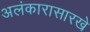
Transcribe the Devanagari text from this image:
अलंकारासारखे